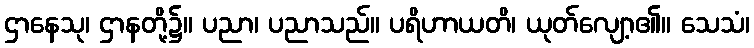
ဌာနေသု၊ ဌာနတို့၌။ ပညာ၊ ပညာသည်။ ပရိဟာယတိ၊ ယုတ်လျော့၏။ သေသံ၊